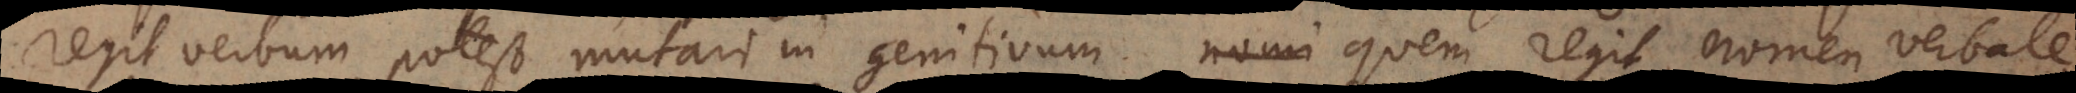
regit verbum, potest mutari in genitivum quem regit nomen verbale.